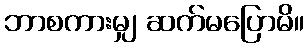
ဘာစကားမျှ ဆက်မပြောမိ။